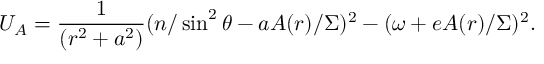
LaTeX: U _ { A } = \frac 1 { ( r ^ { 2 } + a ^ { 2 } ) } ( n / \sin ^ { 2 } \theta - a { \cal A } ( r ) / \Sigma ) ^ { 2 } - ( \omega + e { \cal A } ( r ) / \Sigma ) ^ { 2 } .